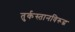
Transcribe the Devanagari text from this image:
तुर्कस्तानविरूद्ध